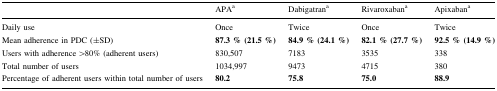
<table><thead><tr><td></td><td><b>APA<sup>a</sup></b></td><td><b>Dabigatran<sup>a</sup></b></td><td><b>Rivaroxaban<sup>a</sup></b></td><td><b>Apixaban<sup>a</sup></b></td></tr></thead><tbody><tr><td>Daily use</td><td>Once</td><td>Twice</td><td>Once</td><td>Twice</td></tr><tr><td>Mean adherence in PDC (±SD)</td><td><b>87.3</b> <b>% (21.5</b> <b>%)</b></td><td><b>84.9</b> <b>% (24.1</b> <b>%)</b></td><td><b>82.1</b> <b>% (27.7</b> <b>%)</b></td><td><b>92.5</b> <b>% (14.9</b> <b>%)</b></td></tr><tr><td>Users with adherence &gt;80% (adherent users)</td><td>830,507</td><td>7183</td><td>3535</td><td>338</td></tr><tr><td>Total number of users</td><td>1034,997</td><td>9473</td><td>4715</td><td>380</td></tr><tr><td>Percentage of adherent users within total number of users</td><td><b>80.2</b></td><td><b>75.8</b></td><td><b>75.0</b></td><td><b>88.9</b></td></tr></tbody></table>